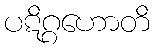
ပဋိဂ္ဂဟောတိ